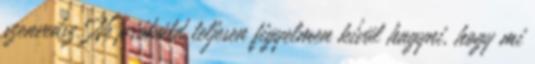
szenvedsz. Ne próbáld teljesen figyelmen kívül hagyni, hogy mi